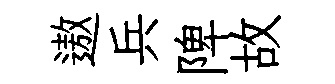
遨兵陴故